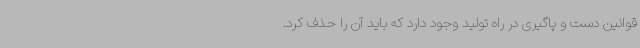
قوانین دست و پاگیری در راه تولید وجود دارد که باید آن را حذف کرد.